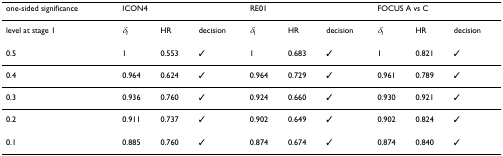
<table><thead><tr><td><b>one-sided significance</b></td><td colspan="3"><b>ICON4</b></td><td colspan="3"><b>RE01</b></td><td colspan="3"><b>FOCUS A vs C</b></td></tr></thead><tbody><tr><td>level at stage 1</td><td><i>δ</i><sub><i>I</i></sub></td><td>HR</td><td>decision</td><td><i>δ</i><sub><i>I</i></sub></td><td>HR</td><td>decision</td><td><i>δ</i><sub><i>I</i></sub></td><td>HR</td><td>decision</td></tr><tr><td>0.5</td><td>1</td><td>0.553</td><td>✓</td><td>1</td><td>0.683</td><td>✓</td><td>1</td><td>0.821</td><td>✓</td></tr><tr><td>0.4</td><td>0.964</td><td>0.624</td><td>✓</td><td>0.964</td><td>0.729</td><td>✓</td><td>0.961</td><td>0.789</td><td>✓</td></tr><tr><td>0.3</td><td>0.936</td><td>0.760</td><td>✓</td><td>0.924</td><td>0.660</td><td>✓</td><td>0.930</td><td>0.921</td><td>✓</td></tr><tr><td>0.2</td><td>0.911</td><td>0.737</td><td>✓</td><td>0.902</td><td>0.649</td><td>✓</td><td>0.902</td><td>0.824</td><td>✓</td></tr><tr><td>0.1</td><td>0.885</td><td>0.760</td><td>✓</td><td>0.874</td><td>0.674</td><td>✓</td><td>0.874</td><td>0.840</td><td>✓</td></tr></tbody></table>